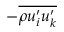
- \overline { { \rho { u _ { i } ^ { \prime } } { u _ { k } ^ { \prime } } } }